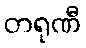
တရုဏီ